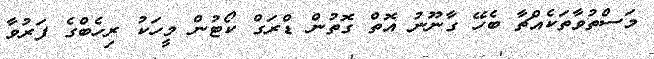
މަސްތުވާތަކެއްޗާ ބެހޭ ގާނޫނު އޮތް ގޮތުން ޑްރަގް ކޯޓުން މީހަކު ރިހެބްގެ ފަރުވާ